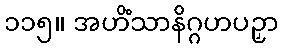
၁၁၅။ အဟိံသာနိဂ္ဂဟပဉှာ